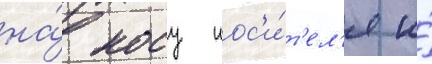
на́ носу нос'и́т'ел'я и́